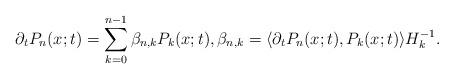
LaTeX: \begin{align*}\partial_t P_n(x;t)=\sum_{k=0}^{n-1}\beta_{n,k}P_k(x;t), \beta_{n,k}=\langle \partial_t P_n(x;t), P_k(x;t)\rangle H_k^{-1}.\end{align*}